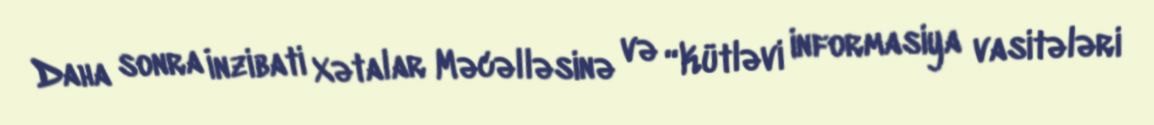
Daha sonra İnzibati Xətalar Məcəlləsinə və “Kütləvi informasiya vasitələri